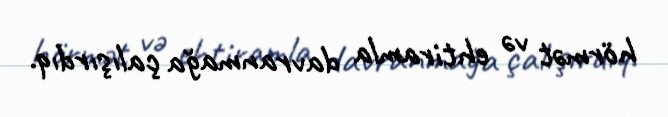
hörmət və ehtiramla davranmağa çalışırdıq.